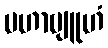
မဟာဗျူဟံ